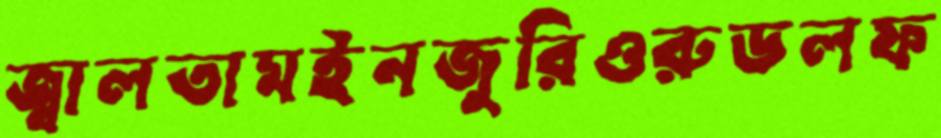
জ্বালতামইনজুরিওরুডলফ